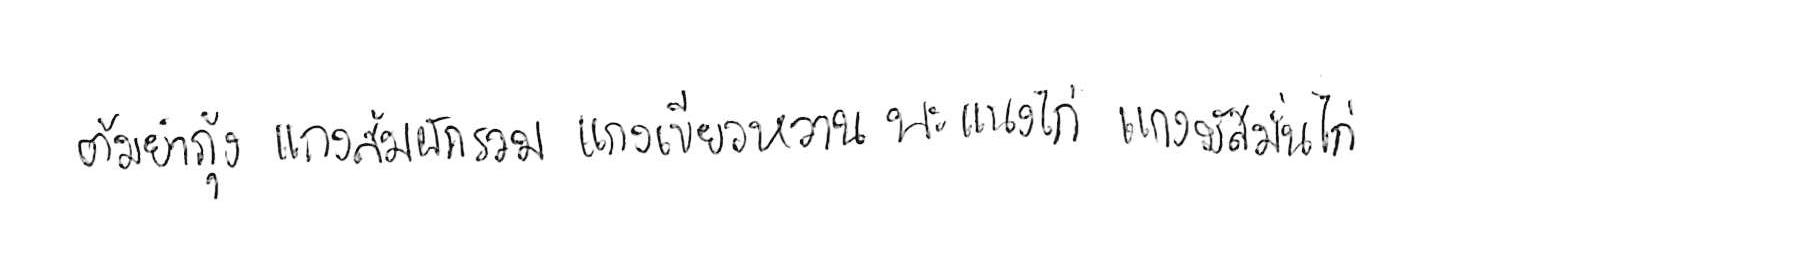
ต้มยำกุ้ง แกงส้มผักรวม แกงเขียวหวาน พะแนงไก่ แกงมัสมั่นไก่